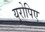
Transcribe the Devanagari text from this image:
युरोपिए